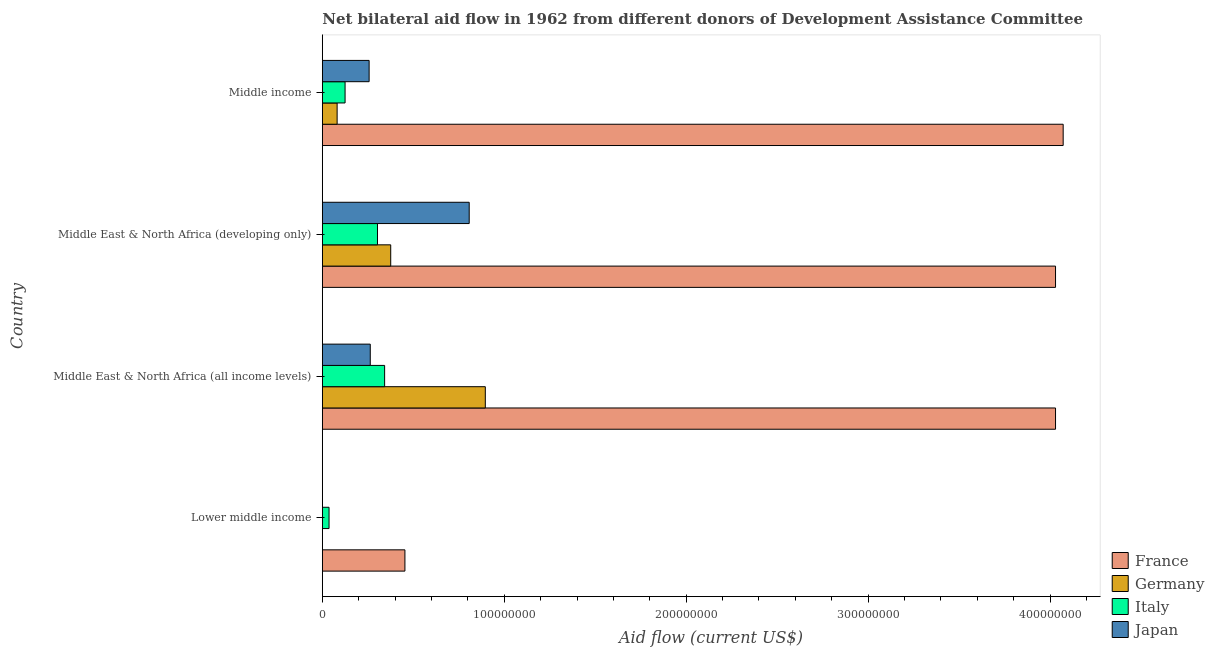
| Country | France | Germany | Italy | Japan |
 | --- | --- | --- | --- | --- |
 | Lower middle income | 4.54e+07 | 8e+04 | 3.69e+06 | -6.1e+06 |
 | Middle East & North Africa (all income levels) | 4.03e+08 | 8.96e+07 | 3.42e+07 | 2.64e+07 |
 | Middle East & North Africa (developing only) | 4.03e+08 | 3.76e+07 | 3.03e+07 | 8.07e+07 |
 | Middle income | 4.07e+08 | 8.13e+06 | 1.25e+07 | 2.57e+07 |